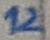
Text: 12